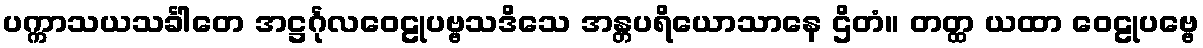
ပက္ကာသယသင်္ခါတေ အဋ္ဌင်္ဂုလဝေဠုပဗ္ဗသဒိသေ အန္တပရိယောသာနေ ဌိတံ။ တတ္ထ ယထာ ဝေဠုပဗ္ဗေ